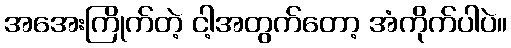
အအေးကြိုက်တဲ့ ငါ့အတွက်တော့ အံကိုက်ပါပဲ။